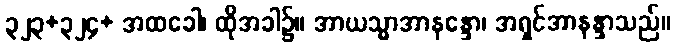
၃၂၃+၃၂၄+ အထခေါ၊ ထိုအခါ၌။ အာယသ္မာအာနန္ဒော၊ အရှင်အာနန္ဒာသည်။